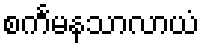
စင်္ကမနသာလာယံ